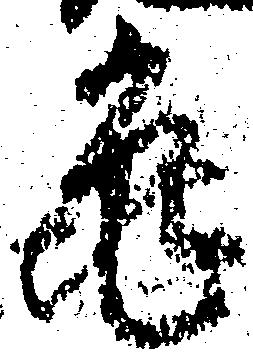
亀